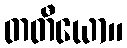
တတီယော။